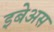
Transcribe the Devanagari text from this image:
इबेअस